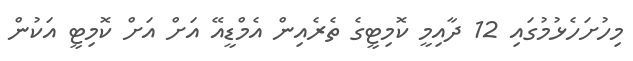
މިހުށަހެޅުމުގައި 12 ދާއިމީ ކޮމިޓީގެ ތެރެއިން އެމްޑީއޭ އަށް އަށް ކޮމިޓީ އަކުން